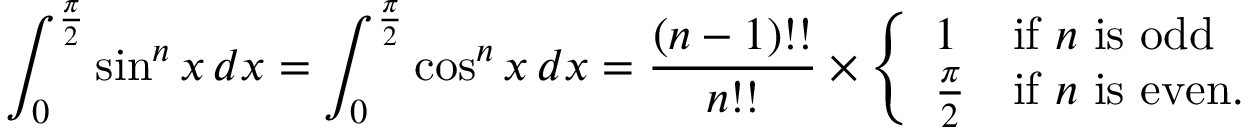
\int _ { 0 } ^ { \frac { \pi } { 2 } } \sin ^ { n } x \, d x = \int _ { 0 } ^ { \frac { \pi } { 2 } } \cos ^ { n } x \, d x = { \frac { ( n - 1 ) ! ! } { n ! ! } } \times { \left\{ \begin{array} { l l } { 1 } & { { \mathrm { i f ~ } } n { \mathrm { ~ i s ~ o d d } } } \\ { { \frac { \pi } { 2 } } } & { { \mathrm { i f ~ } } n { \mathrm { ~ i s ~ e v e n . } } } \end{array} \right. }